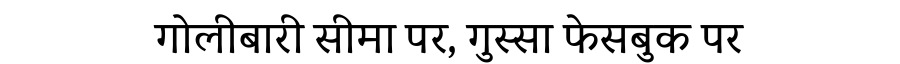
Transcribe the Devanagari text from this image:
गोलीबारी सीमा पर, गुस्सा फेसबुक पर